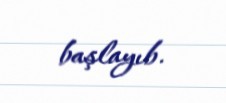
başlayıb.